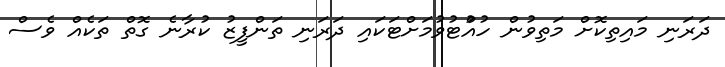
ދަރަނި މައިތިކޮށް މަތިވުން ހުއްުޓުވުމަށްޓަކައި ދަރަނި ތަންފީޒު ކުރާނެ ގޮތް ތަކެއް ވެސް